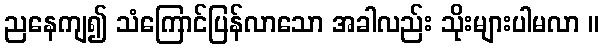
ညနေကျ၍ သံကြောင်ပြန်လာသော အခါလည်း သိုးများပါမလာ ။